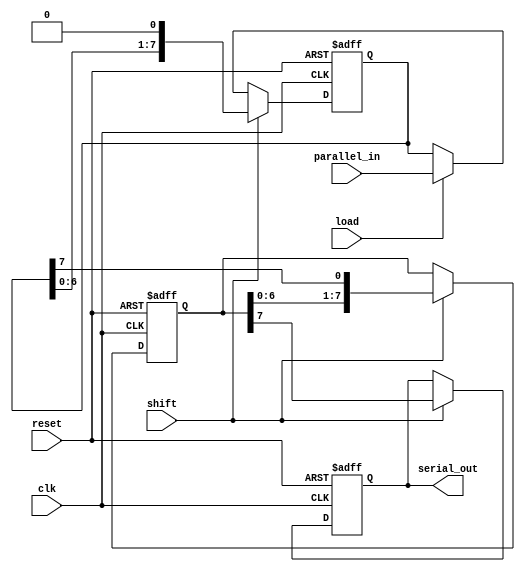
module TwoStagePISO #(
    parameter WIDTH = 8  // Parameter for the width of the register
)(
    input wire clk,          // Clock signal
    input wire reset,        // Reset signal
    input wire load,         // Load signal
    input wire shift,        // Shift signal
    input wire [WIDTH-1:0] parallel_in, // Parallel input data
    output reg serial_out     // Serial output
);

    // Stage 1: Input Register
    reg [WIDTH-1:0] input_reg;

    // Stage 2: Shift Register
    reg [WIDTH-1:0] shift_reg;

    always @(posedge clk or posedge reset) begin
        if (reset) begin
            // Reset both registers
            input_reg <= 0;
            shift_reg <= 0;
            serial_out <= 0;
        end else begin
            if (load) begin
                // Load data into input register on load signal
                input_reg <= parallel_in;
            end
            
            if (shift) begin
                // Shift data from input register to shift register
                shift_reg <= {shift_reg[WIDTH-2:0], input_reg[WIDTH-1]};
                // Shift out the most significant bit to serial_out
                serial_out <= shift_reg[WIDTH-1];
                // Update input_reg to remove the shifted bit
                input_reg <= {input_reg[WIDTH-2:0], 1'b0}; // Shift left
            end
        end
    end

endmodule